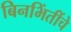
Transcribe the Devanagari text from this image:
बिनभिंतींचे